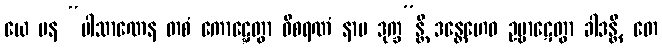
ယေ ပန “ပါသာဏေန တစံ ကောဋ္ဋေတွာ ဝိစရဏံ နာမ ဒုက္ခ”န္တိ ဒန္တေဟေဝ ဥဗ္ဗာဋေတွာ ခါဒန္တိ, တေ